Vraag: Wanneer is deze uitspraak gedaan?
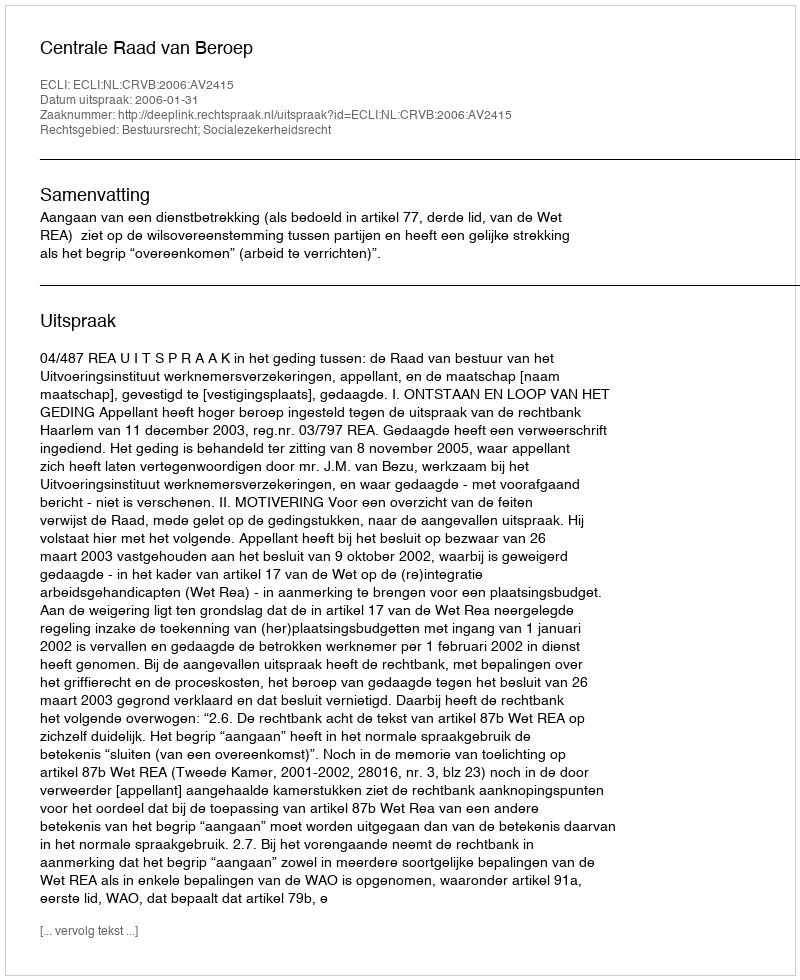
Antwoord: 2006-01-31